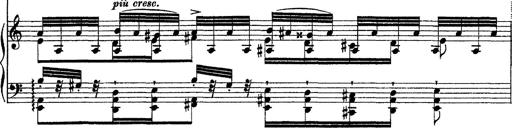
Title: Grande fantasie di bravura sur La clochette
Composer: Franz Liszt
Key: A minor